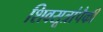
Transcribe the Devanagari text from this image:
शिवसूत्रांपैकी